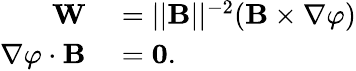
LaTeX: \begin{array}{rl}{\mathbf{W}}&{{}=||{\mathbf B}||^{-2}({\mathbf B}\times\nabla\varphi)}\\ {\nabla\varphi\cdot{\mathbf B}}&{{}=\mathbf{0}.}\end{array}